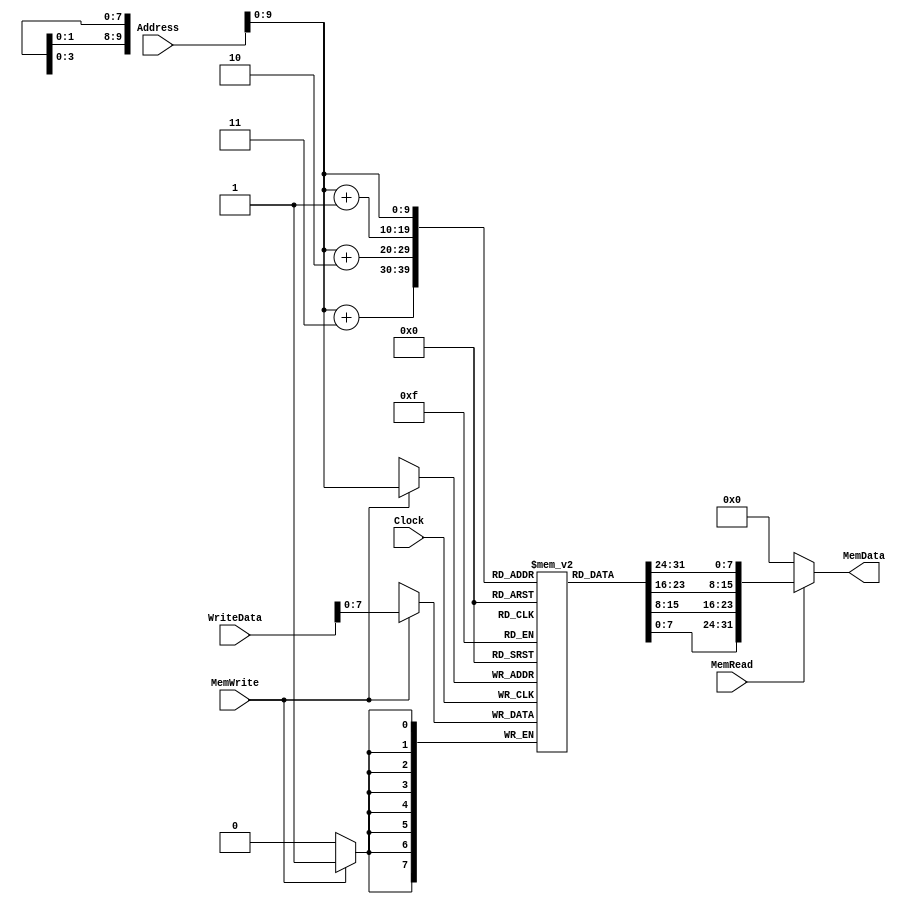
// Memory for Multi-cycle Implementation

module Memory(MemData,Address,WriteData,MemRead,MemWrite,Clock);

   // Port Declarations
   output [31:0] MemData;
   input [31:0]  WriteData,Address; 
   input 	 MemRead,MemWrite,Clock;

   reg [7:0] 	 Memory[0:1023];

   initial
     begin
	//J
	{Memory[0],Memory[1],Memory[2],Memory[3]} = 32'b001100_00000000000000000000000011;
	//JAL
	//{Memory[0],Memory[1],Memory[2],Memory[3]} = 32'b001101_00000000000000000000000011;
	//JR
	//{Memory[0],Memory[1],Memory[2],Memory[3]} = 32'b001101_00000000000000000000000101;
	//JALR
	//{Memory[0],Memory[1],Memory[2],Memory[3]} = 32'b001101_00000000000000000000001001;
	//BEQ
	//{Memory[0],Memory[1],Memory[2],Memory[3]} = 32'b010000_10001_10010_0000000000000010;
	//BNEQ
	//{Memory[0],Memory[1],Memory[2],Memory[3]} = 32'b010001_10001_10010_0000000000010000;
	//ADD
	//{Memory[0],Memory[1],Memory[2],Memory[3]} = 32'b000000_10000_10010_00001_00000_000100;
	//LWI
	{Memory[4],Memory[5],Memory[6],Memory[7]} = 32'b000100_00010_00010_0000000000000001;
	//SW
	{Memory[8],Memory[9],Memory[10],Memory[11]} = 32'b000000_10001_10010_00001_00000_101000;
	

	//ADD Rd,Rs1,Rs2 000000 10001 10010 00001 00000 000100
	{Memory[12],Memory[13],Memory[14],Memory[15]} = 32'b000000_10000_10010_00001_00000_000100;
	//SUB Rd,Rs1,Rs2 000000 10001 10010 00001 00000 000110
	{Memory[16],Memory[17],Memory[18],Memory[19]} = 32'b000000_10001_10010_00001_00000_000110;
	//AND Rd,Rs1,Rs2 000000 10001 10010 00001 00000 001000
	{Memory[20],Memory[21],Memory[22],Memory[23]} = 32'b000000_10001_10010_00001_00000_001000;
	//OR  Rd,Rs1,Rs2 000000 10001 10010 00001 00000 001001
	{Memory[24],Memory[25],Memory[26],Memory[27]} = 32'b000000_10001_10010_00001_00000_001001;

	{Memory[40],Memory[41],Memory[42],Memory[43]} = 32'b000000_10001_10010_00001_00000_001001;
	{Memory[44],Memory[45],Memory[46],Memory[47]} = 32'b000000_10001_10010_00001_00000_001001;
	{Memory[48],Memory[49],Memory[50],Memory[51]} = 32'b000000_10001_10010_00001_00000_001001;
     end // initial begin

   // Read from memory
   assign MemData = MemRead ? {Memory[Address],Memory[Address+1],Memory[Address+2],Memory[Address+3]} :0;

   //Write to memory
   always @ (posedge Clock) 
     begin
	if (MemWrite) 
	  begin
	     Memory[Address] <= WriteData; 
	  end
     end
endmodule // Memory